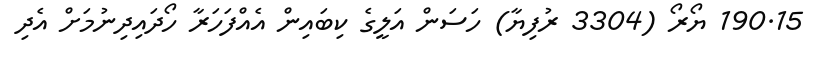
190.15 ޔޯރޯ (3304 ރުފިޔާ) ހަސަން އަލީގެ ކިބައިން އެއްފަހަރާ ހޯދައިދިނުމަށް އެދި